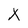
Character: X